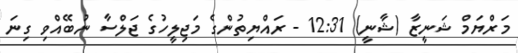
މަރްޔަމް ޝަނީޒާ (ޝާނީ) 12:31 - ރައްޔިތުންގެ މަޖިލީހުގެ ޖަލްސާ ނުބޭއްވި ގިނަ